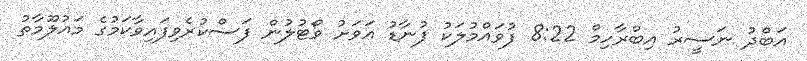
އަބްދު ނަސީރު އިބްރާހިމް 8:22 ފުވައްމުލަކު ފުނާޑު އަވަށު ވޯޓުލުން ފަސްކުރެވިފައިވާކަމުގެ މައުލޫމާތު